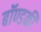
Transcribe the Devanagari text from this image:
बॉण्डकी